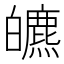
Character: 皫